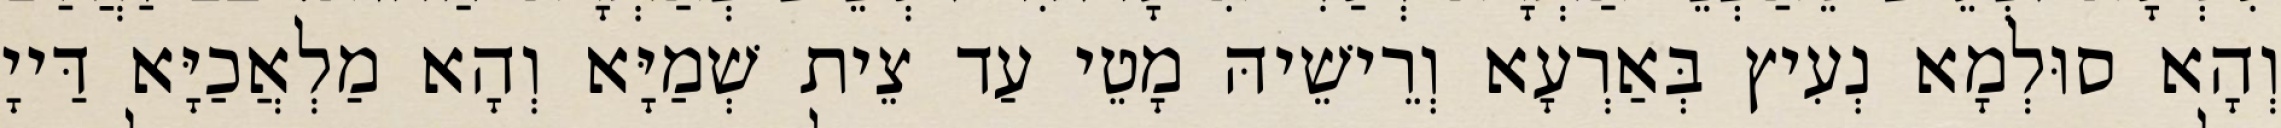
וְהָא סוּלְמָא נְעִיץ בְּאַרְעָא וְרֵישֵׁיהּ מָטֵי עַד צֵית שְׁמַיָּא וְהָא מַלְאֲכַיָּא דַּייָ